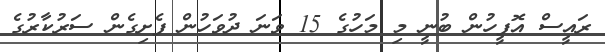
ރައީސް އޮފީހުން ބުނީ މި މަހުގެ 15 ވަނަ ދުވަހުން ފެށިގެން ސަރުކާރުގެ